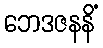
ဘေဒဇနနိံ